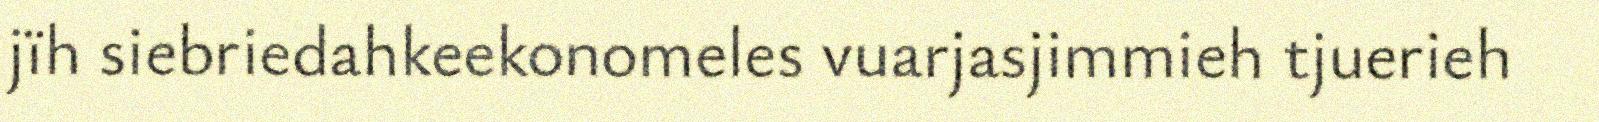
jïh siebriedahkeekonomeles vuarjasjimmieh tjuerieh